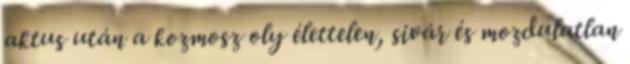
aktus után a kozmosz oly élettelen, sivár és mozdulatlan